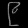
Digit: ၉